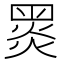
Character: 𪐗